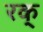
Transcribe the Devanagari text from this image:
रक्